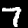
Label: 7